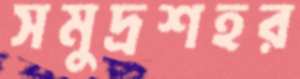
সমুদ্রশহর